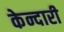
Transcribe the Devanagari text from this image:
केन्दारी